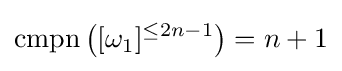
\mathrm {cmpn} \left([\omega _{1}]^{\leq 2n-1}\right)=n+1